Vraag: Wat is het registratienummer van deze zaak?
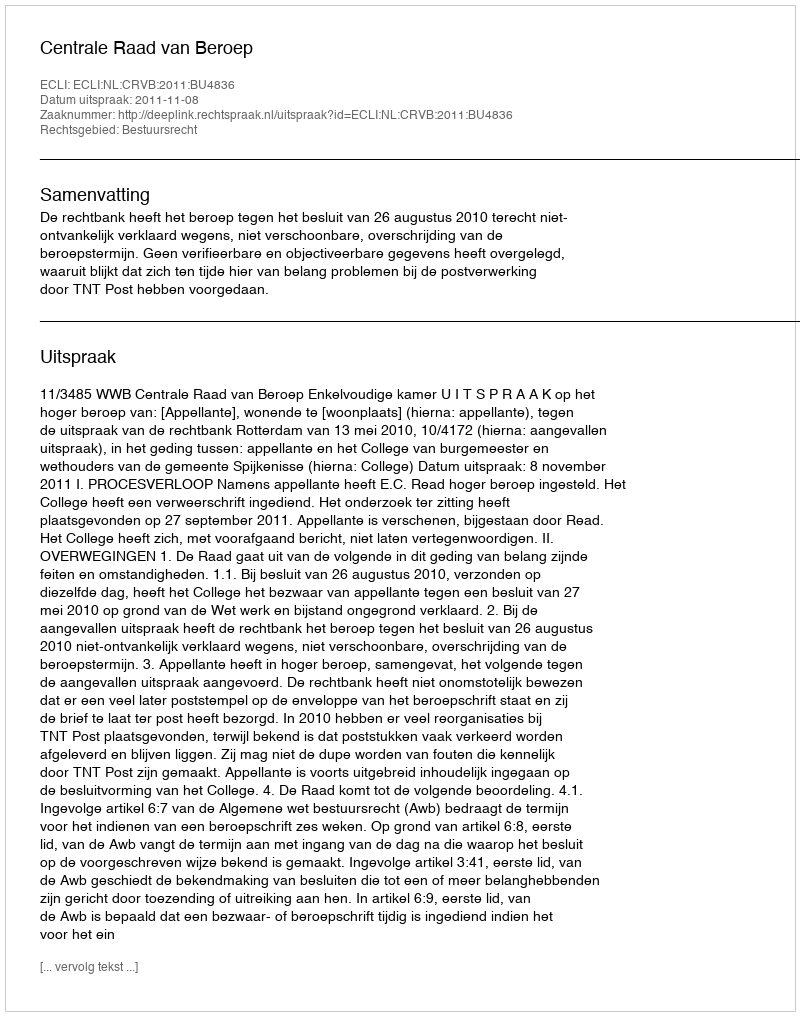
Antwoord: http://deeplink.rechtspraak.nl/uitspraak?id=ECLI:NL:CRVB:2011:BU4836